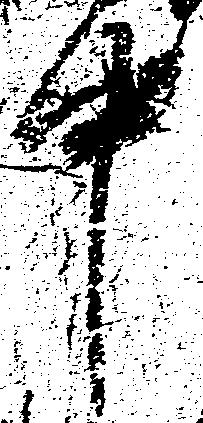
中